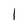
Character: 1